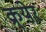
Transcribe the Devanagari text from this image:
क्र्येर